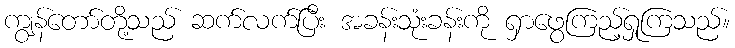
ကျွန်တော်တို့သည် ဆက်လက်ပြီး အခန်းသုံးခန်းကို ရှာဖွေကြည့်ရှုကြသည်။